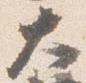
大